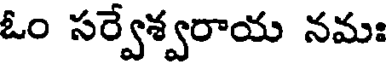
ఓం సర్వేశ్వరాయ నమః